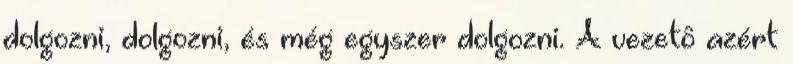
dolgozni, dolgozni, és még egyszer dolgozni. A vezetô azért